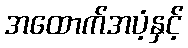
အထောက်အပံ့နှင့်